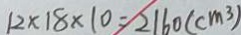
1 2 \times 1 8 \times 1 0 = 2 1 6 0 ( c m ^ { 3 } )